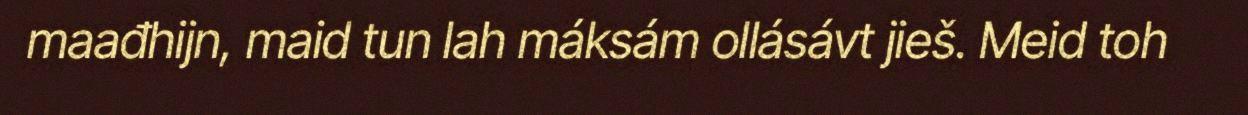
maađhijn, maid tun lah máksám ollásávt jieš. Meid toh